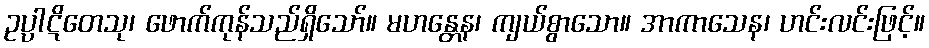
ဥပ္ပါဋိတေသု၊ ဖောက်ကုန်သည်ရှိသော်။ မဟန္တေန၊ ကျယ်စွာသော။ အာကာသေန၊ ဟင်းလင်းဖြင့်။